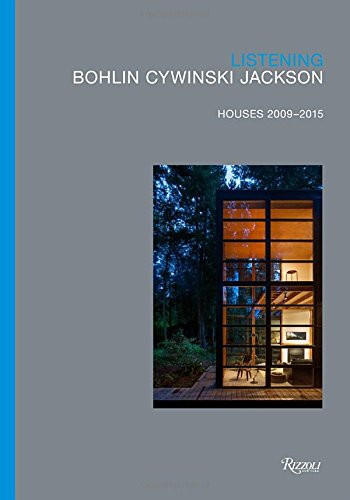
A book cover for Listening: Bohlin Cywinski Jackson, Houses 2009-2015; Humor & Entertainment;